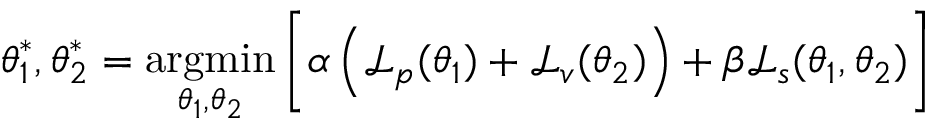
\boldsymbol { \theta } _ { 1 } ^ { * } , \boldsymbol { \theta } _ { 2 } ^ { * } = \operatorname * { a r g m i n } _ { \boldsymbol { \theta } _ { 1 } , \boldsymbol { \theta } _ { 2 } } \bigg [ \alpha \left( \mathcal { L } _ { p } ( \boldsymbol { \theta _ { 1 } } ) + \mathcal { L } _ { v } ( \boldsymbol { \theta _ { 2 } } ) \right) + \beta \mathcal { L } _ { s } ( \boldsymbol { \theta _ { 1 } } , \boldsymbol { \theta _ { 2 } } ) \bigg ]